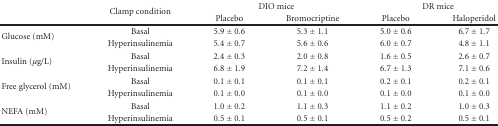
<table><thead><tr><td>[EMPTY_CELL]</td><td rowspan="2"><b>Clamp condition</b></td><td colspan="2"><b>DIO mice</b></td><td colspan="2"><b>DR mice</b></td></tr><tr><td>[EMPTY_CELL]</td><td><b> Placebo</b></td><td><b>Bromocriptine</b></td><td><b> Placebo</b></td><td><b>Haloperidol</b></td></tr></thead><tbody><tr><td rowspan="2">Glucose (mM)</td><td>Basal</td><td>5.9 ± 0.6</td><td>5.3 ± 1.1</td><td>5.0 ± 0.6</td><td>6.7 ± 1.7</td></tr><tr><td>Hyperinsulinemia</td><td>5.4 ± 0.7</td><td>5.6 ± 0.6</td><td>6.0 ± 0.7</td><td>4.8 ± 1.1</td></tr><tr><td rowspan="2">Insulin (<i>μ</i>g/L)</td><td>Basal</td><td>2.4 ± 0.3</td><td>2.0 ± 0.8</td><td>1.6 ± 0.5</td><td>2.6 ± 0.7</td></tr><tr><td>Hyperinsulinemia</td><td>6.8 ± 1.9</td><td>7.2 ± 1.4</td><td>6.7 ± 1.3</td><td>7.1 ± 0.6</td></tr><tr><td rowspan="2">Free glycerol (mM)</td><td>Basal</td><td>0.1 ± 0.1</td><td>0.1 ± 0.1</td><td>0.2 ± 0.1</td><td>0.2 ± 0.1</td></tr><tr><td>Hyperinsulinemia</td><td>0.1 ± 0.0</td><td>0.1 ± 0.0</td><td>0.1 ± 0.0</td><td>0.1 ± 0.0</td></tr><tr><td rowspan="2">NEFA (mM)</td><td>Basal</td><td>1.0 ± 0.2</td><td>1.1 ± 0.3</td><td>1.1 ± 0.2</td><td>1.0 ± 0.3</td></tr><tr><td>Hyperinsulinemia</td><td>0.5 ± 0.1</td><td>0.5 ± 0.1</td><td>0.5 ± 0.2</td><td>0.5 ± 0.1</td></tr></tbody></table>